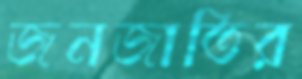
জনজাতির